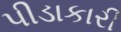
પીડાકારી